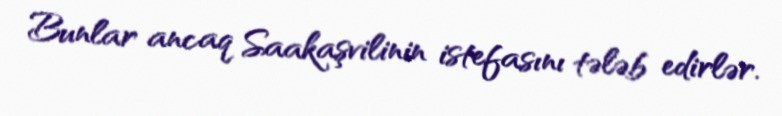
Bunlar ancaq Saakaşvilinin istefasını tələb edirlər.